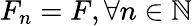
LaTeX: F_{n}=F,\forall n\in\mathbb{N}